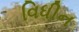
વિધીન